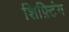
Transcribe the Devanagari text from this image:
शिफ़्टिंग